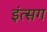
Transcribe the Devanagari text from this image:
इंत्सग